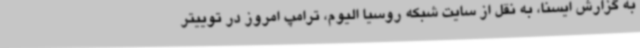
به گزارش ایسنا، به نقل از سایت شبکه روسیا الیوم، ترامپ امروز در توییتر